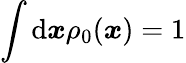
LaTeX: \int\mathrm{d}\boldsymbol{x}\rho_{0}(\boldsymbol{x})=1